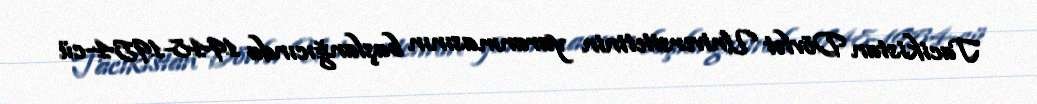
Tacikistan Dövlət Universitetinin yaranmasının başlanğıcında 1948-1954-cü